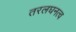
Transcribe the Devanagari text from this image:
तरलघनत्व